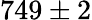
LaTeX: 749\pm 2